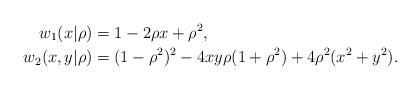
LaTeX: \begin{align*}w_{1}(x|\rho) & =1-2\rho x+\rho^{2},\\w_{2}(x,y|\rho) & =(1-\rho^{2})^{2}-4xy\rho(1+\rho^{2})+4\rho^{2}(x^{2}+y^{2}). \end{align*}